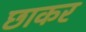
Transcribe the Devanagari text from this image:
छाकर